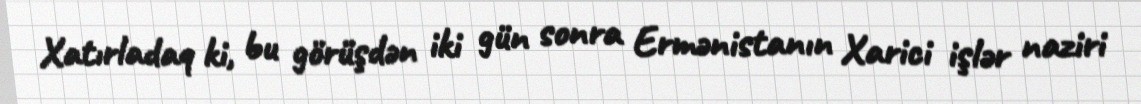
Xatırladaq ki, bu görüşdən iki gün sonra Ermənistanın Xarici işlər naziri